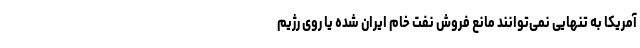
آمریکا به تنهایی نمی‌توانند مانع فروش نفت خام ایران شده یا روی رژیم